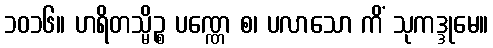
၁၀၁၆။ ဟရိတသ္မိဉ္စ ပဏ္ဏေ စ၊ ပလာသော ကိံ သုကဒ္ဒုမေ။